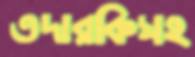
তদারকিসহ